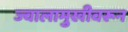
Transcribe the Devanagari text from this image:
ज्वालामुखीवरून